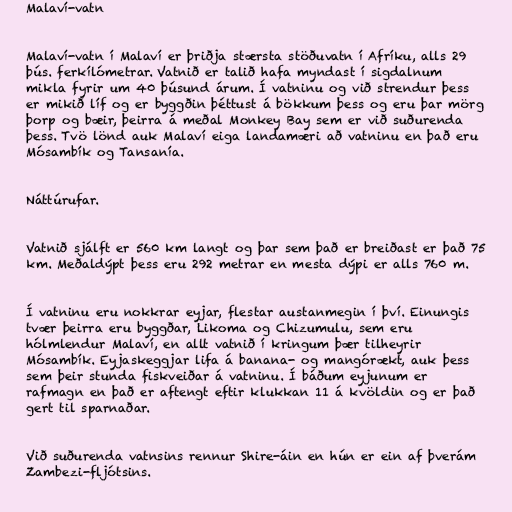
Malaví-vatn

Malaví-vatn í Malaví er þriðja stærsta stöðuvatn í Afríku, alls 29
þús. ferkílómetrar. Vatnið er talið hafa myndast í sigdalnum
mikla fyrir um 40 þúsund árum. Í vatninu og við strendur þess
er mikið líf og er byggðin þéttust á bökkum þess og eru þar mörg
þorp og bæir, þeirra á meðal Monkey Bay sem er við suðurenda
þess. Tvö lönd auk Malaví eiga landamæri að vatninu en það eru
Mósambík og Tansanía.

Náttúrufar.

Vatnið sjálft er 560 km langt og þar sem það er breiðast er það 75
km. Meðaldýpt þess eru 292 metrar en mesta dýpi er alls 760 m.

Í vatninu eru nokkrar eyjar, flestar austanmegin í því. Einungis
tvær þeirra eru byggðar, Likoma og Chizumulu, sem eru
hólmlendur Malaví, en allt vatnið í kringum þær tilheyrir
Mósambík. Eyjaskeggjar lifa á banana- og mangórækt, auk þess
sem þeir stunda fiskveiðar á vatninu. Í báðum eyjunum er
rafmagn en það er aftengt eftir klukkan 11 á kvöldin og er það
gert til sparnaðar.

Við suðurenda vatnsins rennur Shire-áin en hún er ein af þverám
Zambezi-fljótsins.